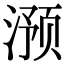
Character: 滪